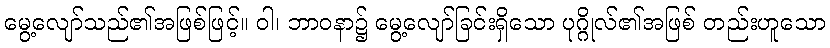
မွေ့လျော်သည်၏အဖြစ်ဖြင့်။ ဝါ၊ ဘာဝနာ၌ မွေ့လျော်ခြင်းရှိသော ပုဂ္ဂိုလ်၏အဖြစ် တည်းဟူသော